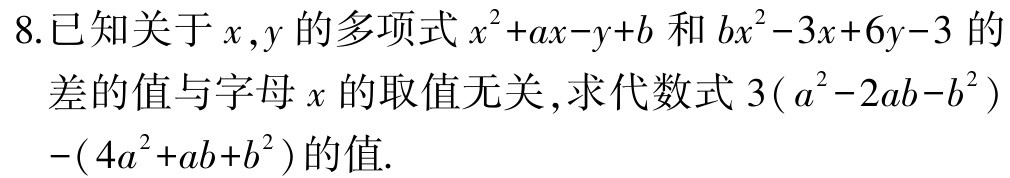
8.已知关于\(x,y\)的多项式\(x^{2}+ax - y + b\)和\(bx^{2}-3x + 6y - 3\)的

   差的值与字母\(x\)的取值无关，求代数式\(3(a^{2}-2ab - b^{2})-(4a^{2}+ab + b^{2})\)的值.